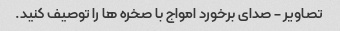
تصاویر - صدای برخورد امواج با صخره ها را توصیف کنید.